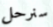
سنرحل